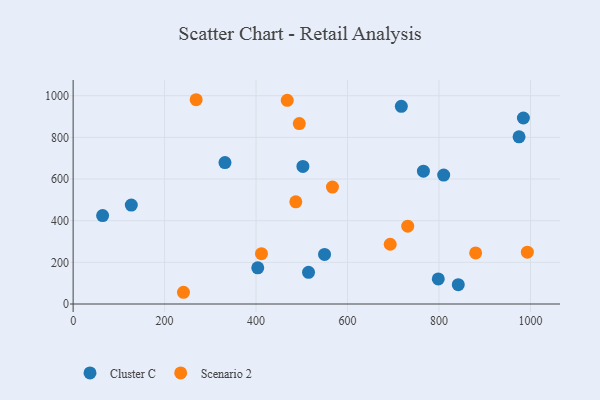
{"axis": {"x": "Experience", "y": "Salary"}, "legend": ["Cluster C", "Scenario 2"], "data": [{"x": "514.7", "y": 152.2, "type": "Cluster C"}, {"x": "403.7", "y": 173.8, "type": "Cluster C"}, {"x": "549.7", "y": 237.8, "type": "Cluster C"}, {"x": "798.4", "y": 120.3, "type": "Cluster C"}, {"x": "984.5", "y": 893.1, "type": "Cluster C"}, {"x": "127.2", "y": 474.9, "type": "Cluster C"}, {"x": "810.2", "y": 619.1, "type": "Cluster C"}, {"x": "64.5", "y": 424.7, "type": "Cluster C"}, {"x": "717.6", "y": 948.9, "type": "Cluster C"}, {"x": "502.4", "y": 660.7, "type": "Cluster C"}, {"x": "842.1", "y": 93.0, "type": "Cluster C"}, {"x": "765.9", "y": 637.8, "type": "Cluster C"}, {"x": "332.0", "y": 678.8, "type": "Cluster C"}, {"x": "975.0", "y": 802.7, "type": "Cluster C"}, {"x": "241.3", "y": 56.3, "type": "Scenario 2"}, {"x": "880.1", "y": 245.3, "type": "Scenario 2"}, {"x": "731.6", "y": 373.8, "type": "Scenario 2"}, {"x": "693.3", "y": 286.9, "type": "Scenario 2"}, {"x": "567.0", "y": 561.2, "type": "Scenario 2"}, {"x": "494.5", "y": 866.1, "type": "Scenario 2"}, {"x": "993.2", "y": 248.7, "type": "Scenario 2"}, {"x": "411.8", "y": 241.5, "type": "Scenario 2"}, {"x": "486.9", "y": 490.6, "type": "Scenario 2"}, {"x": "269.0", "y": 980.8, "type": "Scenario 2"}, {"x": "468.2", "y": 978.1, "type": "Scenario 2"}]}